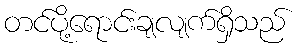
တင်ပို့ရောင်းချလျက်ရှိသည်